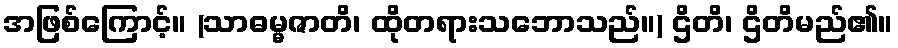
အဖြစ်ကြောင့်။ (သာဓမ္မဇာတိ၊ ထိုတရားသဘောသည်။) ဌိတိ၊ ဌိတိမည်၏။